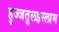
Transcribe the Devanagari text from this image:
हुज्जतुलइस्लाम